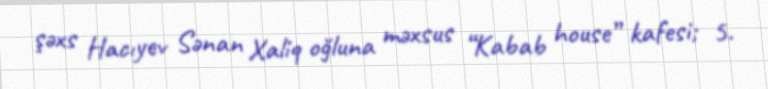
şəxs Hacıyev Sənan Xaliq oğluna məxsus “Kabab house” kafesi; 5.